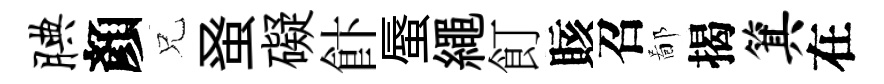
腆顏兄𫊫礙飰蜃繩飣賅召鄙揭箕在